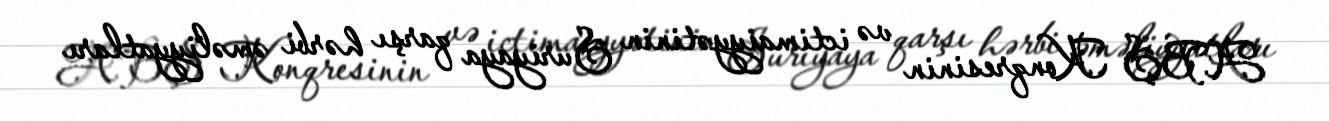
ABŞ Konqresinin və ictimaiyyətinin Suriyaya qarşı hərbi əməliyyatları